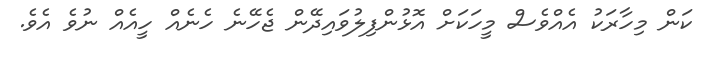
ކަން މިހާރަކު އެއްވެސް މީހަކަށް އޮޅުންފިލުވައިދޭން ޖެހޭނެ ހެނެއް ހީއެއް ނުވެ އެވެ.